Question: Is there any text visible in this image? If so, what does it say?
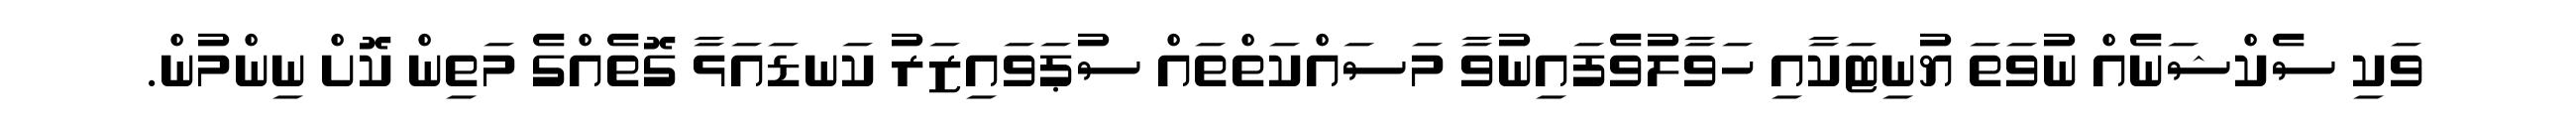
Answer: ވަކި ސެކްޝަނެއް ނުވަތަ ޔުނިޓަކާއި ހަވާލުވެފައިނުވާ މަސައްކަތްތައް ސުޕަވައިޒަރު ކަނޑައަޅާ ގޮތެއްގެ މަތިން ކޮށް ނިންމުން.